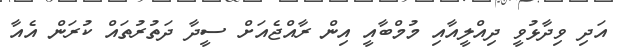
އަދި ވިދާޅުވީ ދިއްލީއާއި މުމްބާއީ އިން ރާއްޖެއަށް ސީދާ ދަތުރުތައް ކުރަން އެއާ